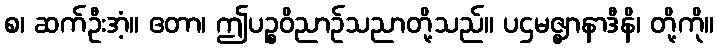
စ၊ ဆက်ဦးအံ့။ ဧတာ၊ ဤပဉ္စဝိညာဉ်သညာတို့သည်။ ပဌမဇ္ဈာနာဒီနိ၊ တို့ကို။